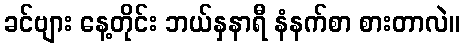
ခင်ဗျား နေ့တိုင်း ဘယ်နှနာရီ နံနက်စာ စားတာလဲ။